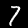
Digit: 7